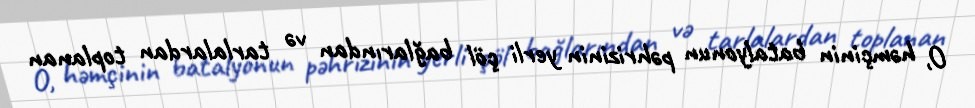
O, həmçinin batalyonun pəhrizinin yerli çöl bağlarından və tarlalardan toplanan